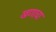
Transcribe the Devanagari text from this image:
खणाचा